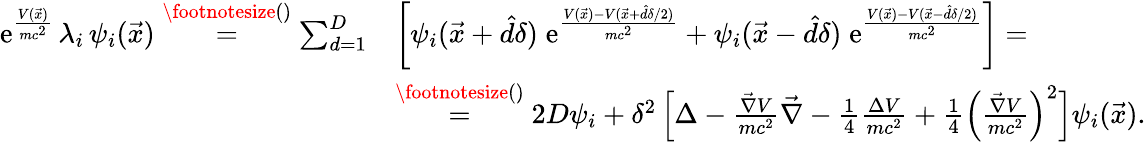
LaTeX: \begin{array}{rl}{\mathrm e^{\frac{V(\vec{x})}{mc^{2}}}\, \lambda_{i}\, \psi_{i}(\vec{x})\overset{\footnotesize()}{=}\sum_{d=1}^{D}}&{\left[\psi_{i}(\vec{x}+\hat{d}\delta)\; \mathrm e^{\frac{V(\vec{x})-V(\vec{x}+\hat{d}\delta/2)}{mc^{2}}}+\psi_{i}(\vec{x}-\hat{d}\delta)\; \mathrm e^{\frac{V(\vec{x})-V(\vec{x}-\hat{d}\delta/2)}{mc^{2}}}\right]=}\\ &{\overset{\footnotesize()}{=}2D\psi_{i}+\delta^{2}\left[\Delta-\frac{\vec{\nabla}V}{mc^{2}}\vec{\nabla}-\frac{1}{4}\frac{\Delta V}{mc^{2}}+\frac{1}{4}\Big(\frac{\vec{\nabla}V}{mc^{2}}\Big)^{2}\right]\psi_{i}(\vec{x}).}\end{array}